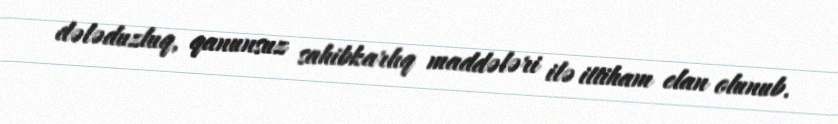
dələduzluq, qanunsuz sahibkarlıq maddələri ilə ittiham elan olunub.